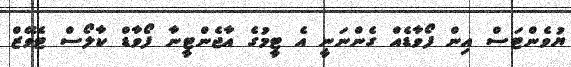
ޔުވެންޓަސް އިން ފޯވާޑެއް ގެންނަނީ އެ ޓީމުގެ އާޖެންޓީނާ ފޯވާޑް ކާލޯސް ޓެވޭޒް